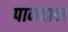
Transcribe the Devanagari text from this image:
पानवाल